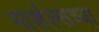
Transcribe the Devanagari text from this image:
मार्शल्सच्या